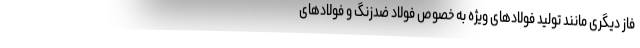
فاز دیگری مانند تولید فولادهای ویژه به خصوص فولاد ضدزنگ و فولادهای